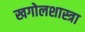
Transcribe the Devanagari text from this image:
खगोलशास्त्रा